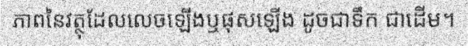
ភាពនៃវត្ថុដែលលេចឡើងឬផុសឡើង ដូចជាទឹក ជាដើម។